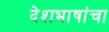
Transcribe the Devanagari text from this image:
देशभाषांचा